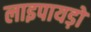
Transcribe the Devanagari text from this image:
लाइपायड़ों